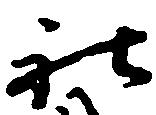
社